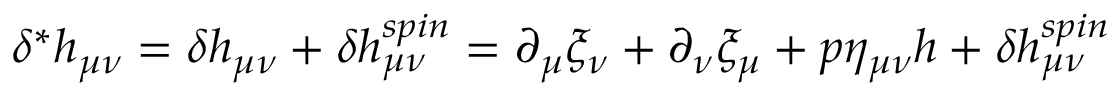
\delta ^ { * } h _ { \mu \nu } = \delta h _ { \mu \nu } + \delta h _ { \mu \nu } ^ { s p i n } = \partial _ { \mu } \xi _ { \nu } + \partial _ { \nu } \xi _ { \mu } + p \eta _ { \mu \nu } h + \delta h _ { \mu \nu } ^ { s p i n }